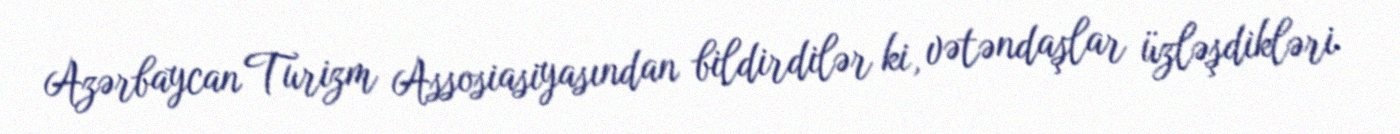
Azərbaycan Turizm Assosiasiyasından bildirdilər ki, vətəndaşlar üzləşdikləri